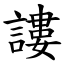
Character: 謱